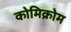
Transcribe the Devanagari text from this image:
कोमिक्रोम